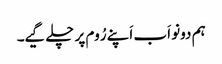
ہم دونو اَب اَپنے رُوم پر چلے گیے۔